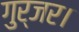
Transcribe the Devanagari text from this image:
गुर्जर।